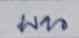
บน